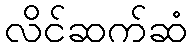
လိင်ဆက်ဆံ